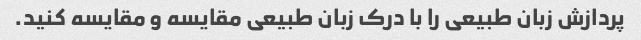
پردازش زبان طبیعی را با درک زبان طبیعی مقایسه و مقایسه کنید.